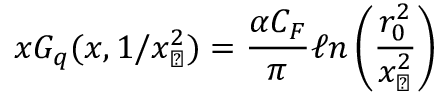
x G _ { q } ( x , 1 / x _ { \perp } ^ { 2 } ) = { \frac { \alpha C _ { F } } { \pi } } \ell n \left( { \frac { r _ { 0 } ^ { 2 } } { x _ { \perp } ^ { 2 } } } \right)